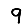
Digit: 9